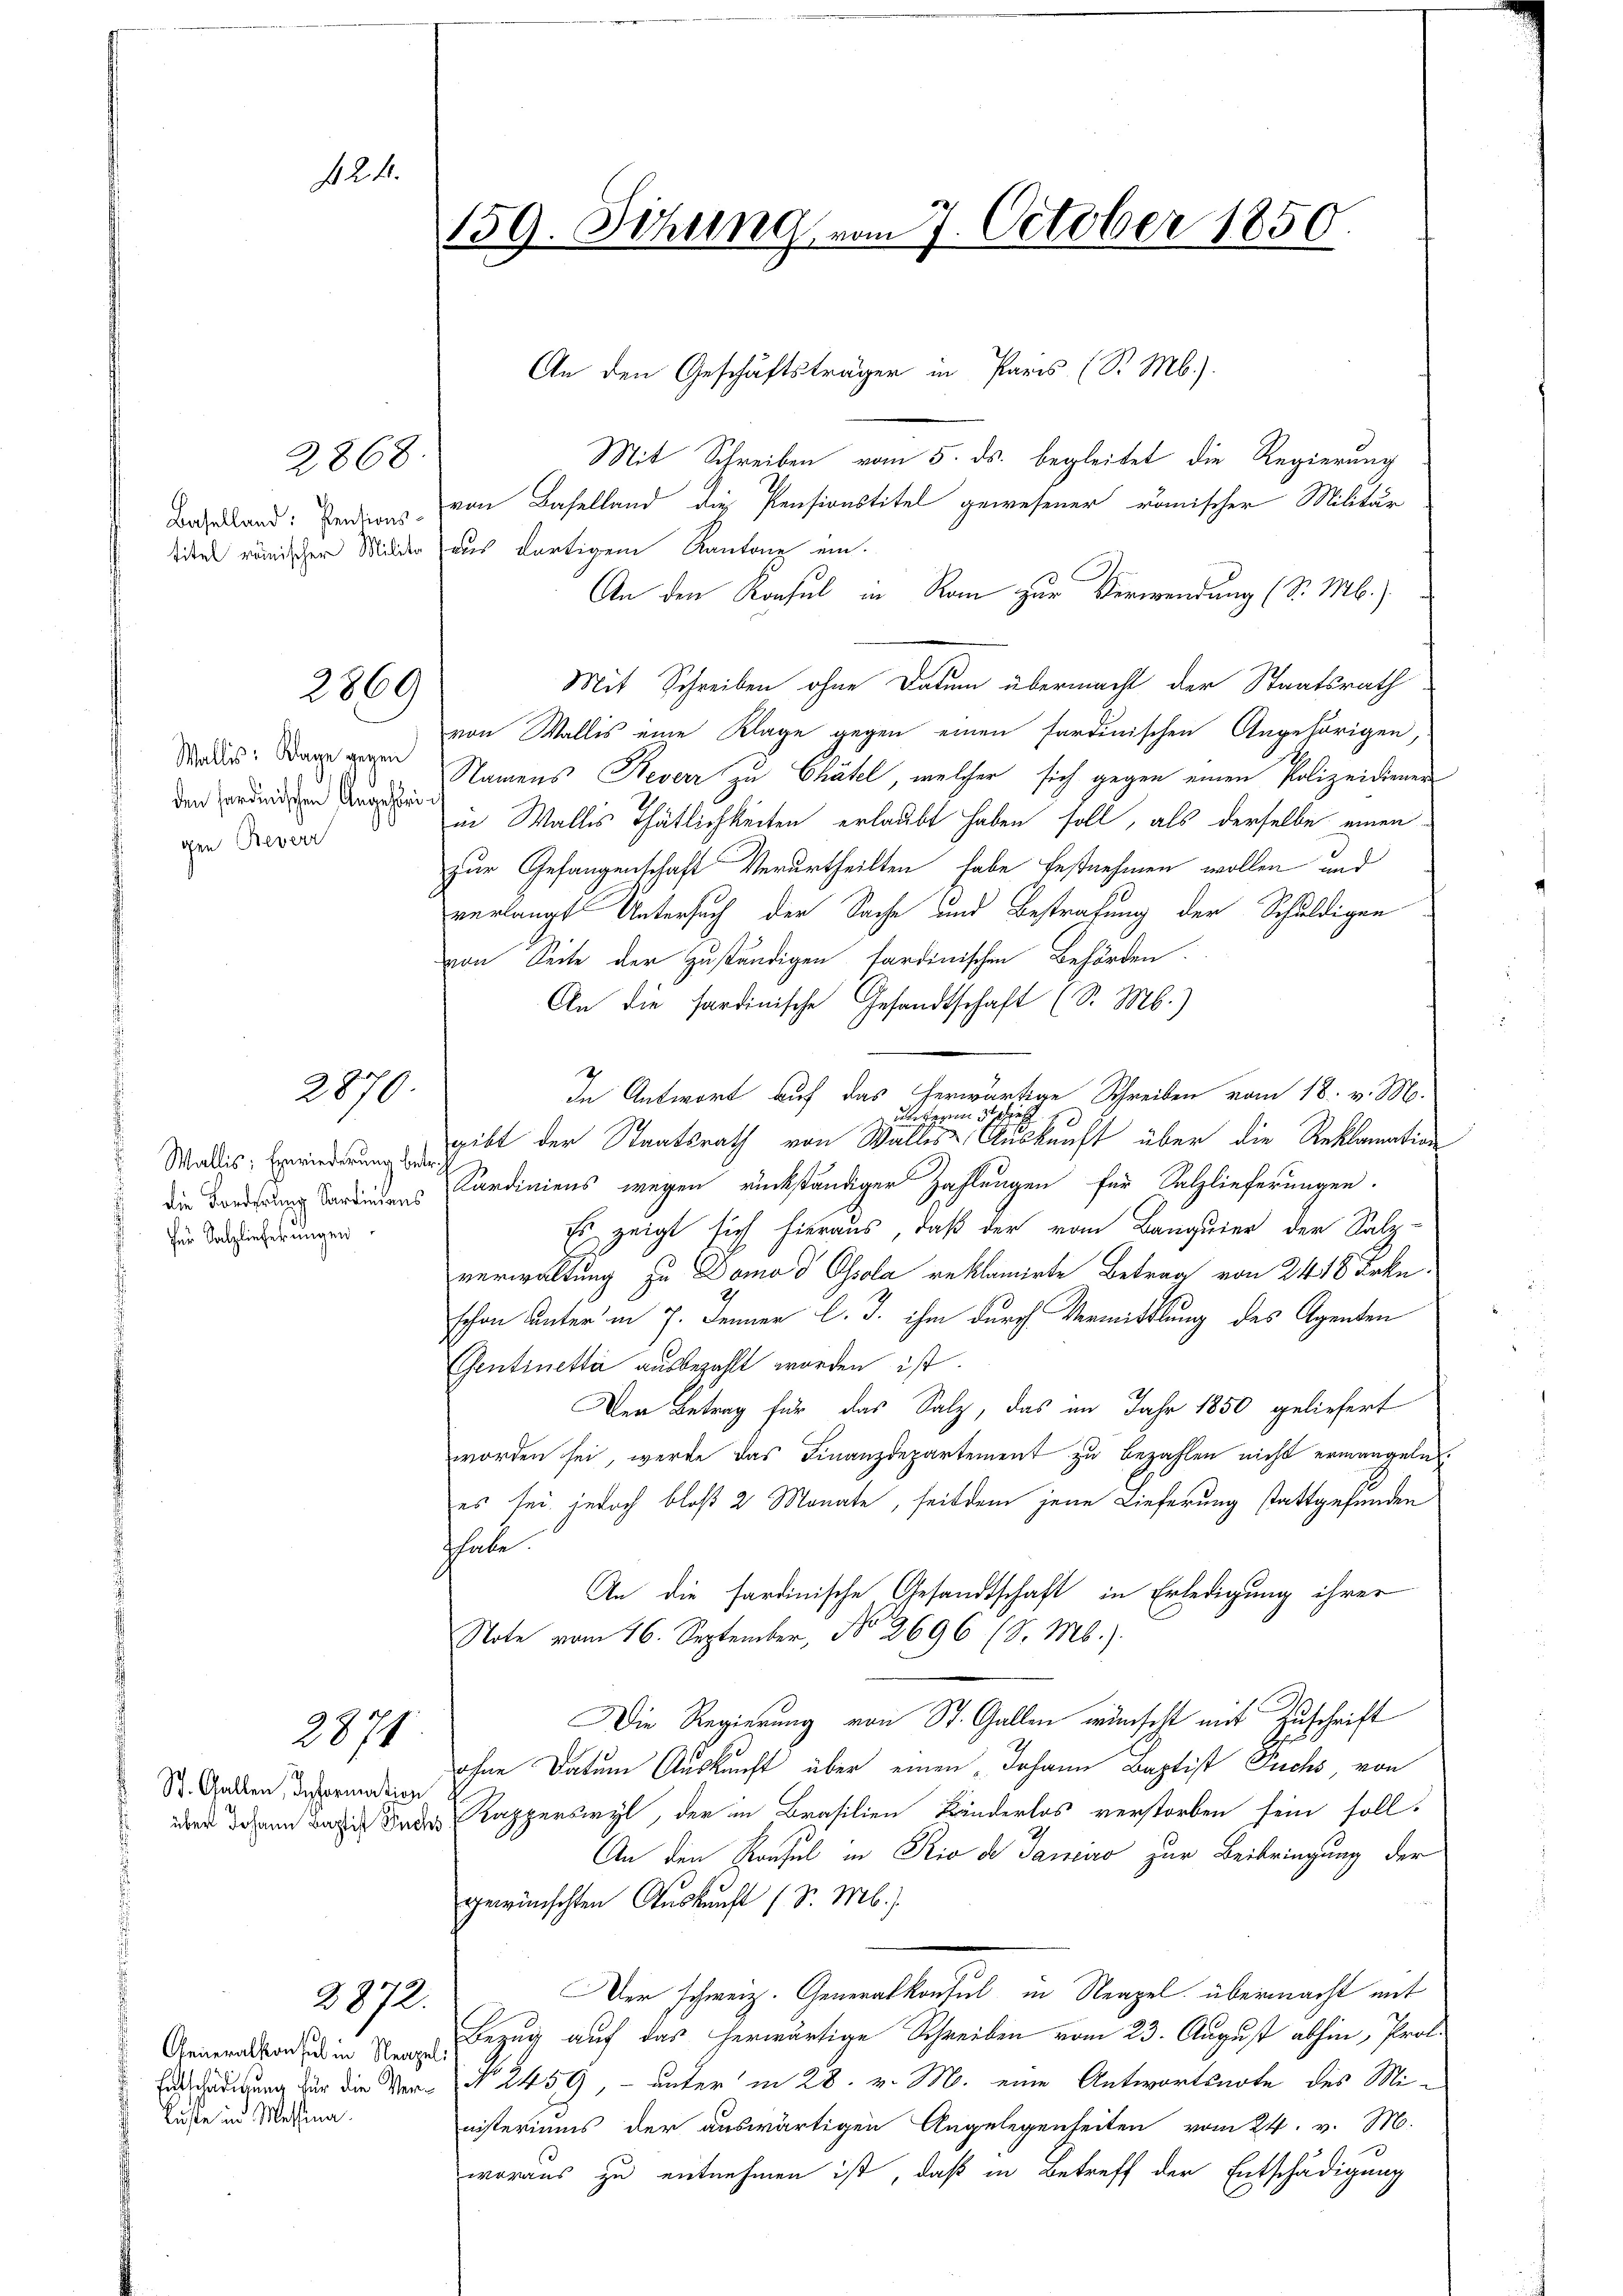
24.

2268

2869

Wallis: Klage geren
den sardinischen Angehörig
9
gen Reverr

2870.

Wallis: Einwiederung betr.
die Forderung Sardiniens
für Salzlieferungen

St. Gallen, Reformation

2871

Luste in Messina.

2872.

159. Sitzung vom 7. October 1850

An den Geschäftsträger in Paris (S. M.).

uern de

Mit Schreiben vom 5. ds. begleitet die Regierung
Beutend: Verdiens von Baselland die Pensionstitel gewesener römischer Militär
titel römischer Militar (aus dortigem Kantone ein.
An den Konsul in Rom zur Verwendung (S. M.)
Mit Schreiben ohne Datum übermacht der Staatsrath
von Wallis eine Klage gegen einen sardinischen Angehörigen,
Namens Keverr zu Chätel, welcher sich gegen einen Polizeidienen
in Wallis Thätlichkeiten erlaubt haben soll, als derselbe einen
zur Gefangenschaft Verurtheilten habe festnehmen wollen und
verlangt Untersuch der Sache und Bestrafung der Schuldigen
von Seite der zuständigen tardinischen Behörden.
An die sardinische Gesandtschaft (S. M.)
In Antwort auf das herwärtige Schreiben vom 18. v. M.
gibt der Staatsrath von Walles Auskunft über die Reklamation
Sardiniens wegen rückständiger Zahlungen für Salzlieferungen.
Es zeigt sich hieraus, daß der vom Banquier der Salzverwaltung zu Domo d Ohsola reklamirte Betrag von 2418 Frkn.
schon unter in 7. Jenner l. J. ihm durch Vermittlung des Agenten
Gentinetta ausbezahlt worden ist.
Der Betrag für das Salz, das im Jahr 1850 geliefert
worden sei, werde das Finanzdepartement zu bezahlen nicht ermangeln.
es sei jedoch bloß 2 Monate, seitdem jene Lieferung stattgefunden
thabe.
An die hardinische Gesandtschaft in Erledigung ihrer
Note vom 16. September, No 2696 (S. M.).
Die Regierung von St. Gallen wünscht mit Zuschrift
ohne Datum Auskunft über einen Johann Baptist Fuchs, von
wird dann das Kinde Kapperswyl, der in Brasilien Bänderlos verstorben sein soll.
An den Konsul in Rio de Janidio zur Beibringung der
gewünschten Auskunft (S. Mb.)
Der schweiz. Generalkonsul in Neapel übermacht mit
Aeneralkon in Bezug auf das herwärtige Schreiben vom 23. August abhin, Prof.
En cederung für die Ver- No. 2459, — unter in 28. v. M. eine Antwortsnote des Mi-
nisteriums der auswärtigen Angelegenheiten vom 24. v. M.
woraus zu entnehmen ist, daß in Betreff der Entschädigung